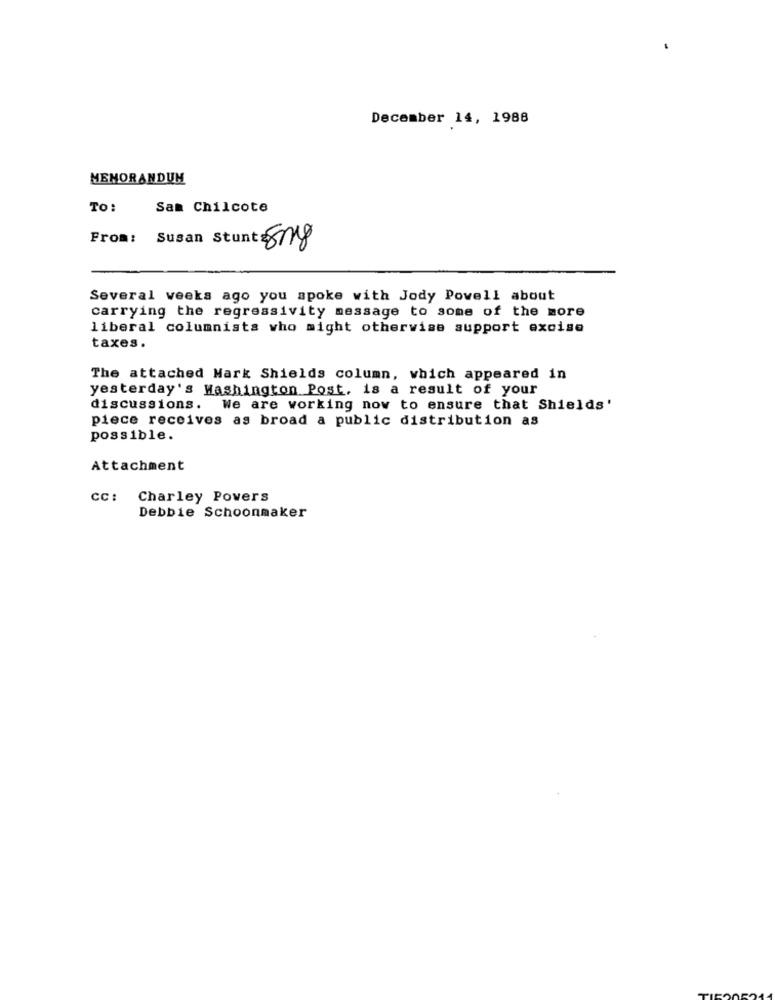
December 14, 1988
MEMORANDUM
TO:
Sam Chilcote
From: Susan Stunt 8018
Several weeks ago you spoke with Jody Powell about
carrying the regressivity message to some of the more
liberal columnists who might otherwise support excise
taxes.
The attached Mark Shields column, which appeared in
yesterday's Hashington Post, is a result of your
discussions. We are working now to ensure that Shields'
piece receives as broad a public distribution as
possible.
Attachment
CC :
Charley Povers
Debbie Schoonmaker